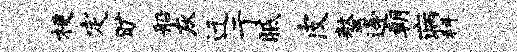
梗定旷船灰迁亍胝皮螯逄朝病科